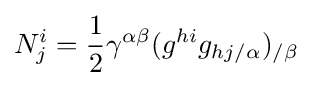
N_{j}^{i}={\frac {1}{2}}\gamma ^{\alpha \beta }(g^{hi}g_{hj/\alpha })_{/\beta }